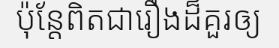
ប៉ុន្តែពិតជារឿងដ៏គួរឲ្យ